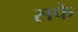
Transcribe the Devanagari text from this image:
सफे